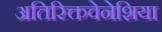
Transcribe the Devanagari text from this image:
अतिरिक्तवेनेशिया